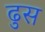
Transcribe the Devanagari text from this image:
ढुस